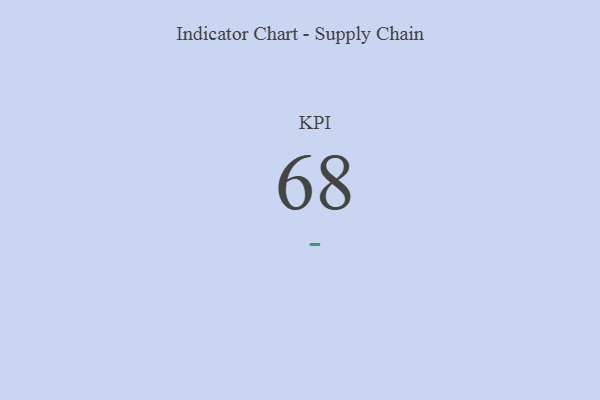
{"axis": {"x": "KPI", "y": "Value"}, "legend": [""], "data": [{"x": "KPI", "y": 68, "type": ""}]}